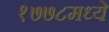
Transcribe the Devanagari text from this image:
१७७८मध्ये